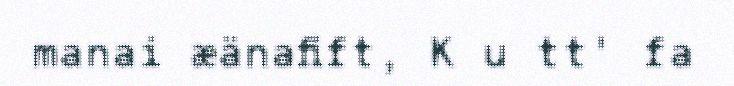
manai æänafift, K u tt' fa